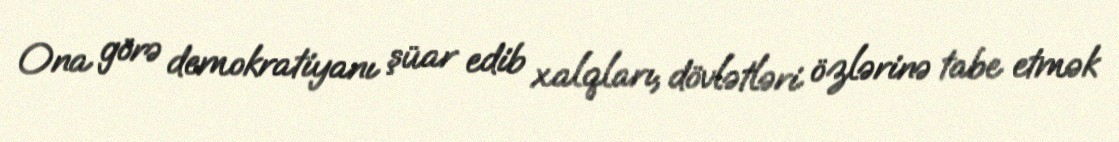
Ona görə demokratiyanı şüar edib xalqları, dövlətləri özlərinə tabe etmək